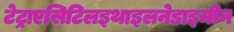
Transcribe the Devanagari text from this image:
टेट्राएसिटिलइथाइलनेडाइमीन